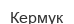
Кермук